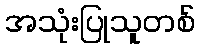
အသုံးပြုသူတစ်